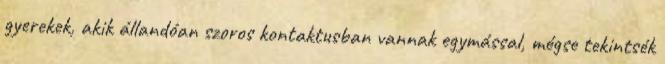
gyerekek, akik állandóan szoros kontaktusban vannak egymással, mégse tekintsék